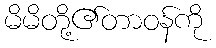
မိမိတို့၏တာဝန်ကို